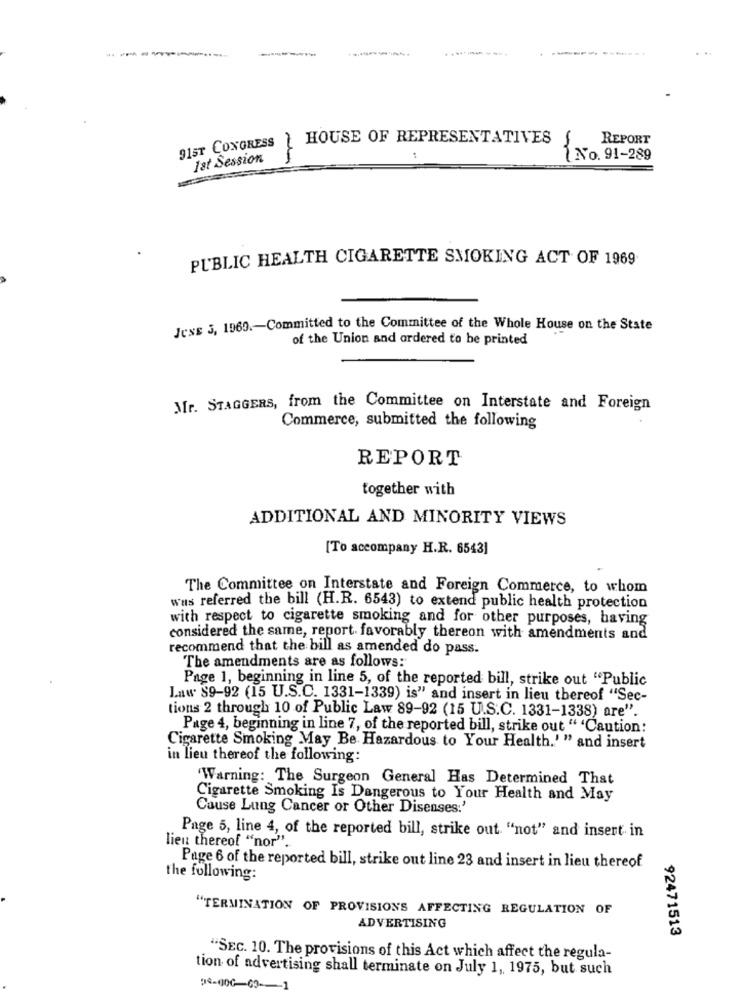
--------
915T CONGRESS | HOUSE OF REPRESENTATIVES
REPORT
1st Session
No. 91-289
PUBLIC HEALTH CIGARETTE SMOKING ACT OF 1969
Jess 5, 1969 .- Committed to the Committee of the Whole House on the State
of the Union and ordered to be printed
Mr. STAGGERS, from the Committee on Interstate and Foreign
Commerce, submitted the following
REPORT
together with
ADDITIONAL AND MINORITY VIEWS
[To accompany H.R. 6543]
The Committee on Interstate and Foreign Commerce, to whom
was referred the bill (H.R. 6543) to extend public health protection
with respect to cigarette smoking and for other purposes, having
considered the same, report. favorably thereon with amendments and
recommend that the bill as amended do pass.
The amendments are as follows:
Page 1, beginning in line 5, of the reported bill, strike out "Public
Law 89-92 (15 U.S.C. 1331-1339) is" and insert in lieu thereof "Sec-
tions 2 through 10 of Public Law 89-92 (15 U.S.C. 1331-1338) are".
Page 4, beginning in line 7, of the reported bill, strike out " 'Caution:
Cigarette Smoking May Be Hazardous to Your Health.'" and insert
in lieu thereof the following:
'Warning: The Surgeon General Has Determined That
Cigarette Smoking Is Dangerous to Your Health and May
Cause Lung Cancer or Other Disenses:'
Page 5, line 4, of the reported bill, strike out "not" and insert in
lieu thereof "nor".
Page 6 of the reported bill, strike out line 23 and insert in lieu thereof
the following:
"TERMINATION OF PROVISIONS AFFECTING REGULATION OF
ADVERTISING
92471513
"SEC. 10. The provisions of this Act which affect the regula-
tion of advertising shall terminate on July 1, 1975, but such
04-000-03-1